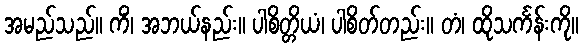
အမည်သည်။ ကိံ၊ အဘယ်နည်း။ ပါစိတ္တိယံ၊ ပါစိတ်တည်း။ တံ၊ ထိုသင်္ကန်းကို။